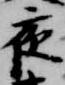
夜